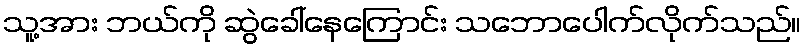
သူ့အား ဘယ်ကို ဆွဲခေါ်နေကြောင်း သဘောပေါက်လိုက်သည်။